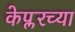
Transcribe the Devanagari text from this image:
केप्लरच्या